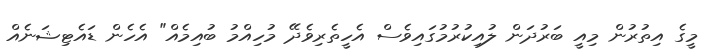
މީގެ އިތުރުން މިއީ ބަރުދަން ލުއިކުރުމުގައިވެސް އެހީތެރިވެދޭ މުހިއްމު ބުއިމެއް" އެހެން ޑައެޓިޝަނެއް